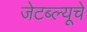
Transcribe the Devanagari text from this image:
जेटब्ल्यूचे